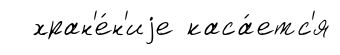
хран'е́н'иjе каса́етс'я